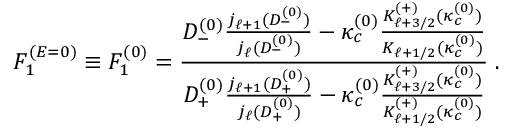
F _ { 1 } ^ { ( E = 0 ) } \equiv F _ { 1 } ^ { ( 0 ) } = \frac { D _ { - } ^ { ( 0 ) } \frac { j _ { \ell + 1 } ( D _ { - } ^ { ( 0 ) } ) } { j _ { \ell } ( D _ { - } ^ { ( 0 ) } ) } - \kappa _ { c } ^ { ( 0 ) } \frac { K _ { \ell + 3 / 2 } ^ { ( + ) } ( \kappa _ { c } ^ { ( 0 ) } ) } { K _ { \ell + 1 / 2 } ( \kappa _ { c } ^ { ( 0 ) } ) } } { D _ { + } ^ { ( 0 ) } \frac { j _ { \ell + 1 } ( D _ { + } ^ { ( 0 ) } ) } { j _ { \ell } ( D _ { + } ^ { ( 0 ) } ) } - \kappa _ { c } ^ { ( 0 ) } \frac { K _ { \ell + 3 / 2 } ^ { ( + ) } ( \kappa _ { c } ^ { ( 0 ) } ) } { K _ { \ell + 1 / 2 } ^ { ( + ) } ( \kappa _ { c } ^ { ( 0 ) } ) } } \; .